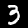
Digit: 3